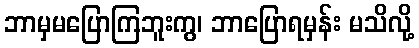
ဘာမှမပြောကြဘူးကွ၊ ဘာပြောရမှန်း မသိလို့